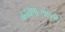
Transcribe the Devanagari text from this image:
बनवणार्‍यांपैकी